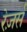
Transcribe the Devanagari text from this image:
रेज़र्स